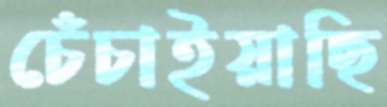
চেঁচাইয়াছি